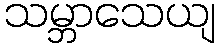
သမ္ဘာသေယျ